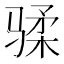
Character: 𱅟